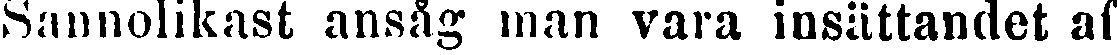
Sannolikast ansåg man vara insättandet af